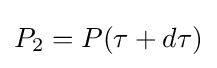
{\textstyle P_{2}=P(\tau +d\tau )}